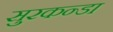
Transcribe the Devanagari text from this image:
सुरकन्डा